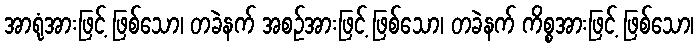
အာရုံအားဖြင့် ဖြစ်သော၊ တခဲနက် အစဉ်အားဖြင့် ဖြစ်သော၊ တခဲနက် ကိစ္စအားဖြင့် ဖြစ်သော၊